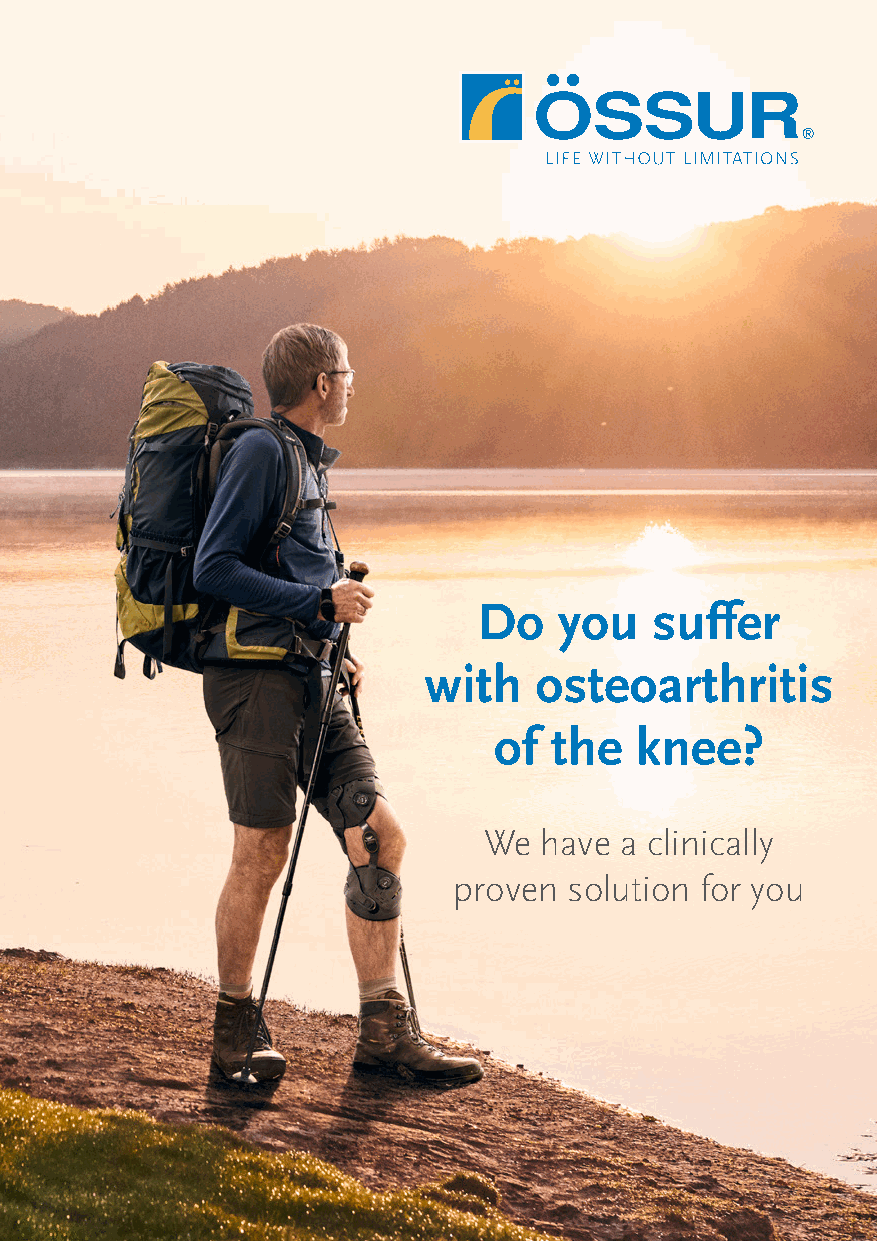
Do   you   suffer
 with   osteoarthritis
 of the   knee?
 We  have a clinically
 proven  solution for you